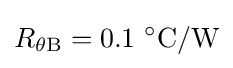
R_{\theta {\rm {B}}}=0.1\ ^{\circ }{\text{C}}/{\text{W}}